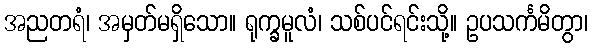
အညတရံ၊ အမှတ်မရှိသော။ ရုက္ခမူလံ၊ သစ်ပင်ရင်းသို့။ ဥပသင်္ကမိတွာ၊